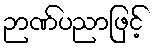
ဉာဏ်ပညာဖြင့်